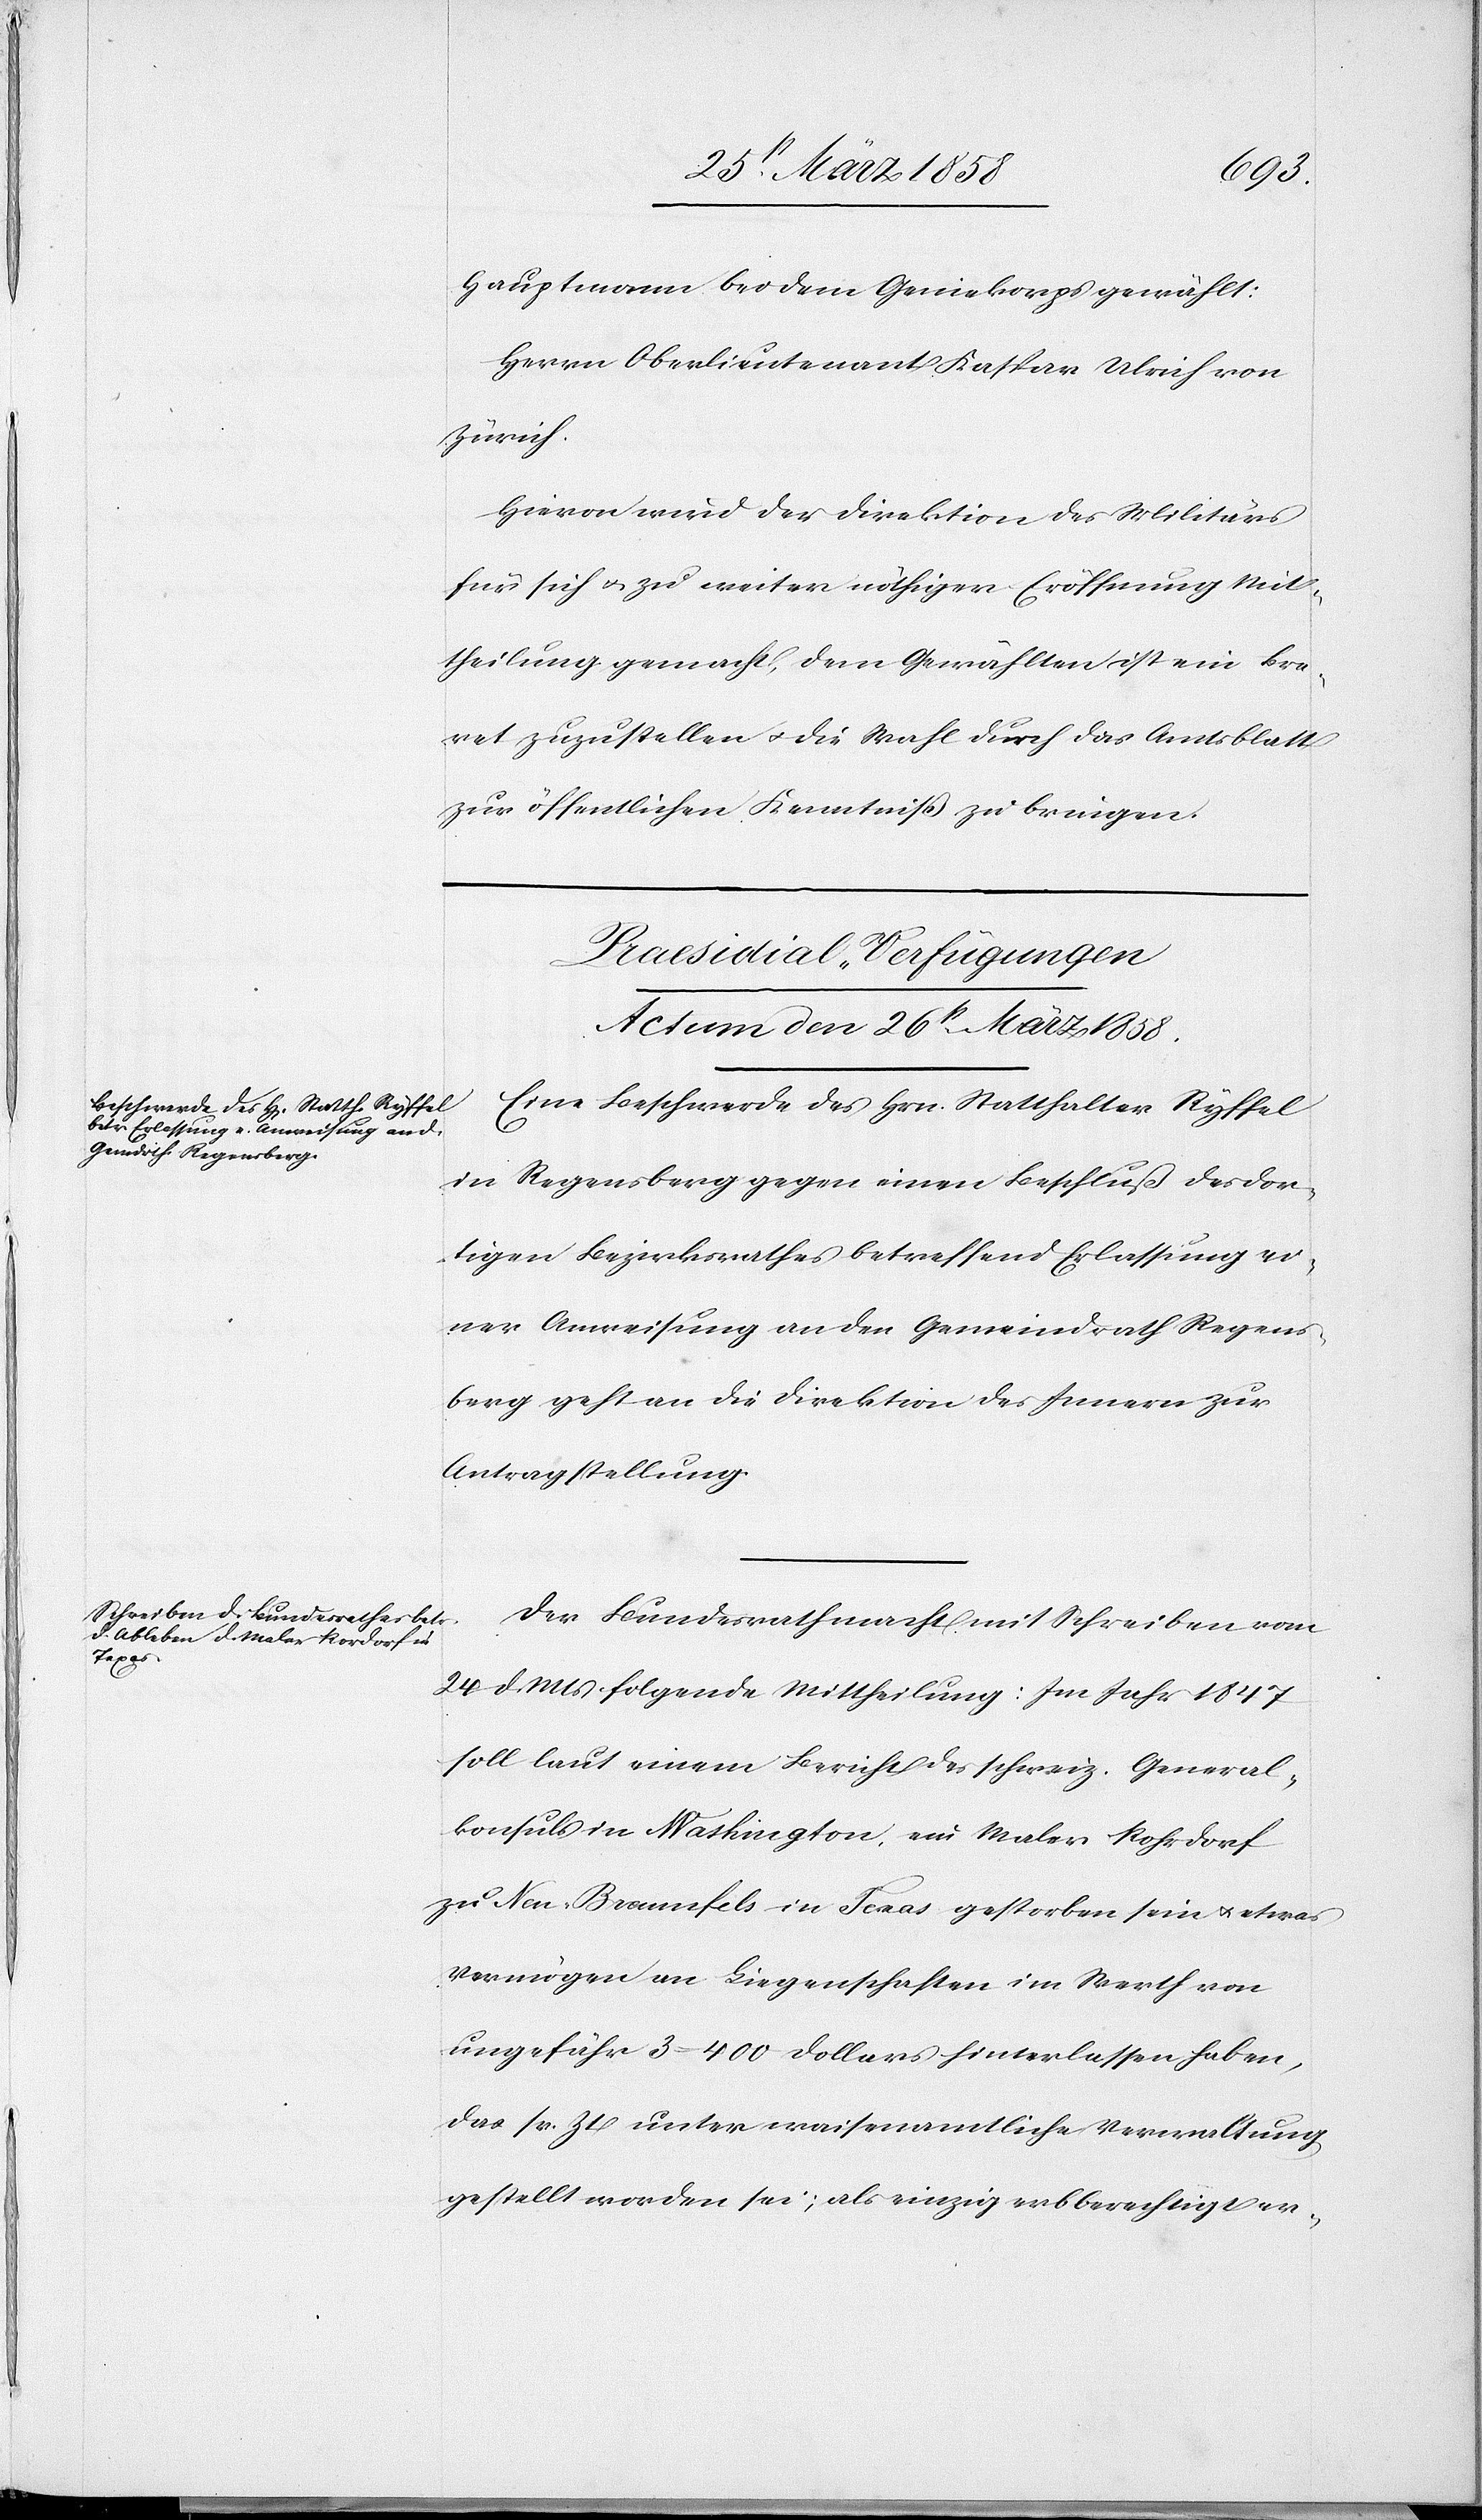
Hauptmann bei dem Geniekorps gewählt:
Herrn Oberlieutenant Kaspar Ulrich von
Zürich.
Hievon wird der Direktion des Militärs
für sich u. zu weiter nöthiger Eröffnung Mit¬
theilung gemacht, dem Gewählten ist ein Bre¬
vet zuzustellen u. die Wahl durch das Amtsblatt
zur öffentlichen Kenntniß zu bringen.
[Praesidial-Verfügungen
Actum den 26st März 1858.]
Eine Beschwerde des Hrn. Statthalter Ryffel
in Regensberg gegen einen Beschluß des dor¬
tigen Bezirksrathes betreffend Erlassung ei¬
ner Anweisung an den Gemeindrath Regens¬
berg geht an die Direktion des Innern zur
Antragstellung.
Der Bundesrath macht mit Schreiben vom
24. d. Mts. folgende Mittheilung: Im Jahr 1847
soll laut einem Bericht des schweiz. General¬
konsuls in Washington, ein Maler Rohrdorf
zu New-Braunfels in Texas gestorben sein u. etwas
Vermögen an Liegenschaften im Werth von
ungefähr 3–400 Dollars hinterlassen haben,
das sr. Zt. unter waisenamtliche Verwaltung
gestellt worden sei; als einzig erbberechtigt er-